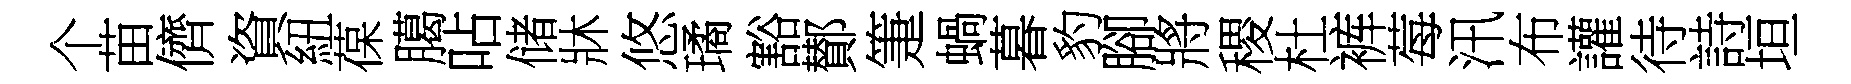
个苗儕資紐葆臈呫储牀悠璚豁鄼箑蝸暮豹腳將稷杜裤莓汛布讙待詩垣